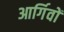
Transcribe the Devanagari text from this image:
आर्गिवों